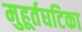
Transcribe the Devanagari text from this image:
मुहूर्तघटिका